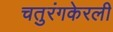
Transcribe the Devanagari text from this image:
चतुरंगकेरली